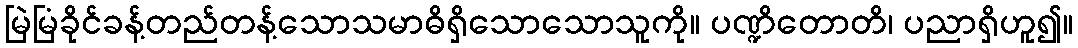
မြဲမြံခိုင်ခန့်တည်တန့်သောသမာဓိရှိသောသောသူကို။ ပဏ္ဍိတောတိ၊ ပညာရှိဟူ၍။